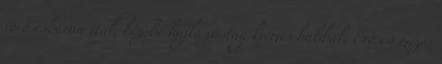
vörösesbarna ital, bézsbe hajló vastag krémes habbal. Erősen mézes